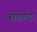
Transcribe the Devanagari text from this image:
सेकेण्ड।